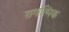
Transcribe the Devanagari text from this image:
रागात्मिक